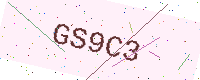
Text: GS9C3